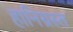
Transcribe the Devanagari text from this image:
हानिग्रस्त